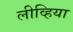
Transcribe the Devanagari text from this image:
लीव्हिया